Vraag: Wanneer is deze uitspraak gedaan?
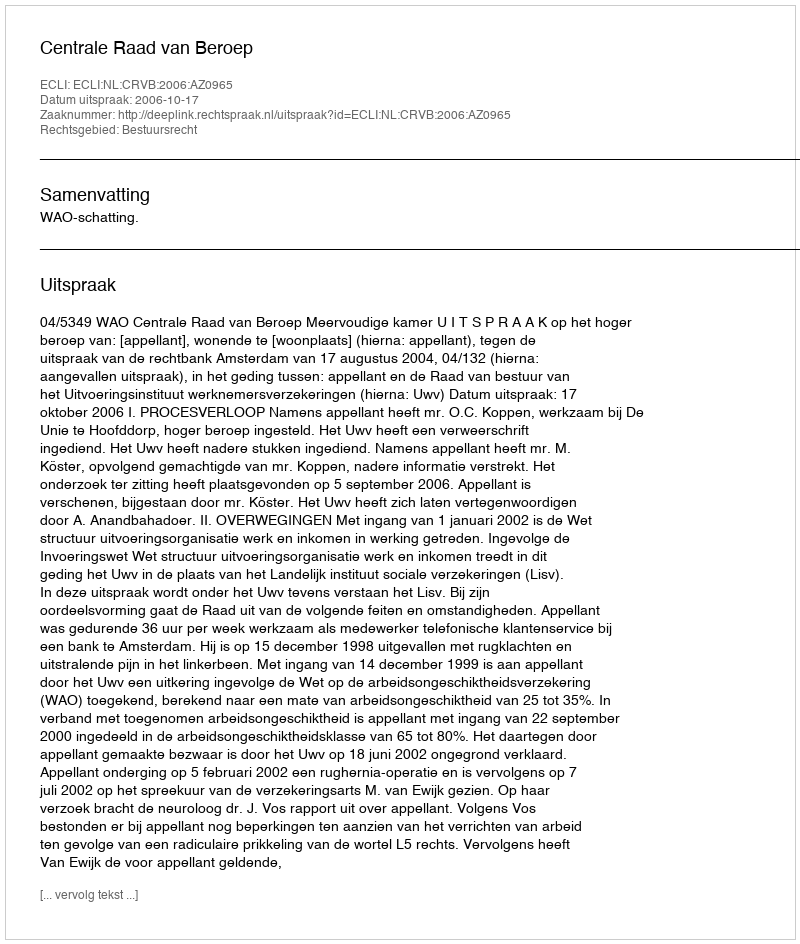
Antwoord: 2006-10-17